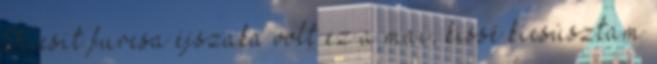
Kicsit furcsa éjszaka volt ez a mai, kissé kicsúsztam